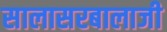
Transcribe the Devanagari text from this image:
सालासरबालाजी